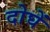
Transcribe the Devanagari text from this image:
दोघें